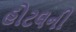
હોટલની